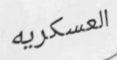
العسكريه